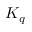
K _ { q }